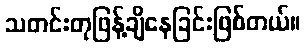
သတင်းတုဖြန့်ချိနေခြင်းဖြစ်တယ်။